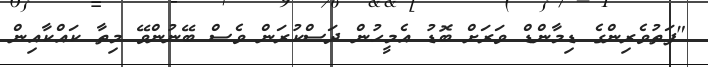
"ފަތުވެރިންގެ ޑިމާންޑް ވަރަށް ބޮޑު އެމީހުން ދަސްކުރަން ވެސް ބޭނުންވޭ މިތާ ކައްކާއިން